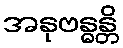
အနုဗန္ဓန္တိ